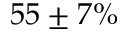
5 5 \pm 7 \%